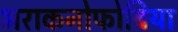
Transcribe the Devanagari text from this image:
अराकनोफोबिया